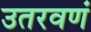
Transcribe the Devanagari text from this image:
उतरवणं